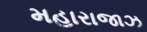
મહારાજાઝ